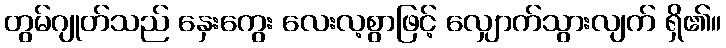
တွမ်ဂျုတ်သည် နှေးကွေး လေးလ့စွာဖြင့် လျှောက်သွားလျက် ရှိ၏။